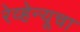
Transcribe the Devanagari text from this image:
रेव्हेन्यूचा